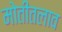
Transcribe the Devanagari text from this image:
मोतीतलाव